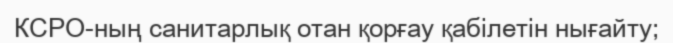
КСРО-ның санитарлық отан қорғау қабілетін нығайту;